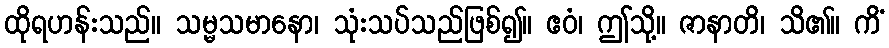
ထိုရဟန်းသည်။ သမ္မသမာနော၊ သုံးသပ်သည်ဖြစ်၍။ ဧဝံ၊ ဤသို့။ ဇာနာတိ၊ သိ၏။ ကိံ